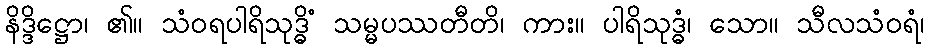
နိဒ္ဒိဋ္ဌော၊ ၏။ သံဝရပါရိသုဒ္ဓိံ သမ္မပဿတီတိ၊ ကား။ ပါရိသုဒ္ဓံ၊ သော။ သီလသံဝရံ၊